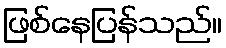
ဖြစ်နေပြန်သည်။